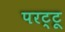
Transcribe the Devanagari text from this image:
परट्टू